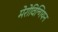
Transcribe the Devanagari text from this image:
मेरोविन्गियन